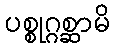
ပစ္စုဂ္ဂစ္ဆာမိ